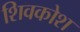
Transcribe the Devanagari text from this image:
शिवकोश